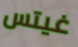
غيتس